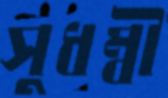
সুধম্বী